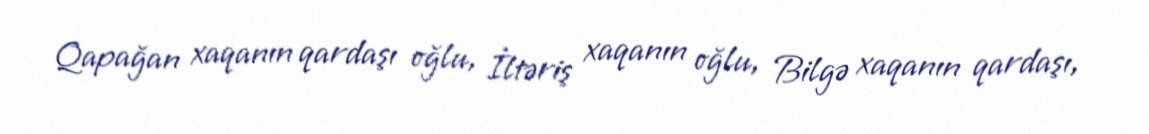
Qapağan xaqanın qardaşı oğlu, İltəriş xaqanın oğlu, Bilgə xaqanın qardaşı,